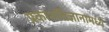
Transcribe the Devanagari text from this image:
प्रकाशविज्ञानामध्ये